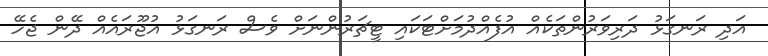
އަދި ރަނގަޅު ދަރިވަރުންތަކެއް އުފެއްދުމަށްޓަކައި ޓީޗަރުންނަށް ވެސް ރަނގަޅު އުޖޫރައެއް ދޭން ޖެހޭ